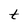
Character: t